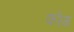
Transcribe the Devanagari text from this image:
फरेम